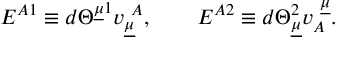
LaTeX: E ^ { A 1 } \equiv d \Theta ^ { \underline { { { \mu } } } 1 } v _ { \underline { { { \mu } } } } ^ { ~ A } , \qquad E ^ { A 2 } \equiv d \Theta _ { \underline { { { \mu } } } } ^ { 2 } v _ { A } ^ { ~ \underline { { { \mu } } } } . \qquad